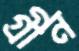
গ্রীন